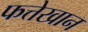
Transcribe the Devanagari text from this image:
फत्तेखान